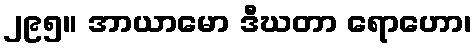
၂၉၅။ အာယာမော ဒီဃတာ ရောဟော၊